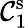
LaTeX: \mathcal{C}_{1}^{\mathrm{s}}